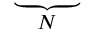
\underbrace { \phantom { R D _ { \theta } ^ { ( 1 ) } } } _ { N }